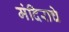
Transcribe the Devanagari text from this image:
मंदिराचे